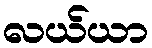
လယ်ယာ